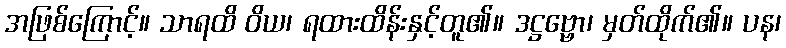
အဖြစ်ကြောင့်။ သာရထိ ဝိယ၊ ရထားထိန်းနှင့်တူ၏။ ဒဋ္ဌဗ္ဗော၊ မှတ်ထိုက်၏။ ပန၊